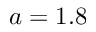
a = 1 . 8